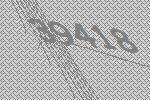
39418